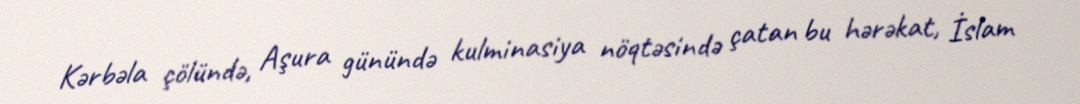
Kərbəla çölündə, Aşura günündə kulminasiya nöqtəsində çatan bu hərəkat, İslam